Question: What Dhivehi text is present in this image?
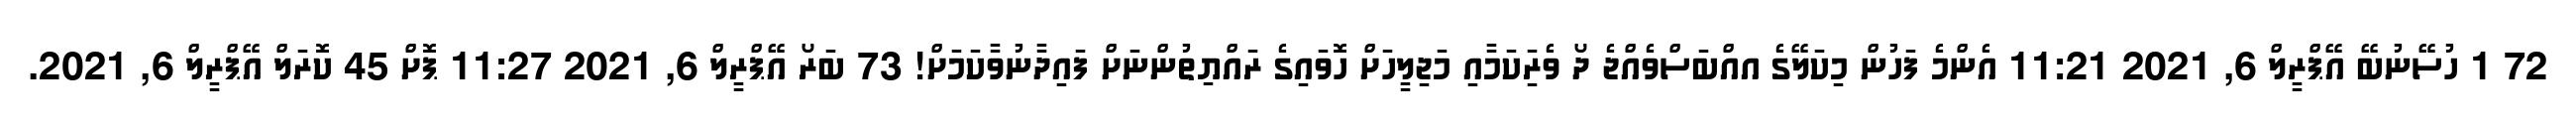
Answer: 72 1 ހުސޭނުބޭ އޭޕްރީލް 6, 2021 11:21 އެންމެ ފަހުން މިކަލޭގެ އއްބަސްވެއްޖެ ދޯ ވެރިަކަމާއި މަޖިލީހަށް ހޮވައިގެ ރައްޔިތުންނަށް ފައިދާނުވާކަމަށް! 73 ބަރޯ އޭޕްރީލް 6, 2021 11:27 ޕޮށް 45 ކޮރަލް އޭޕްރީލް 6, 2021.